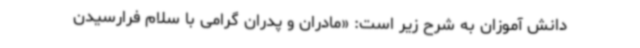
دانش آموزان به شرح زیر است: «مادران و پدران گرامی با سلام فرارسیدن